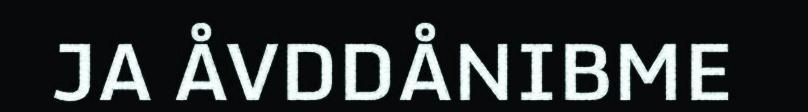
JA ÅVDDÅNIBME